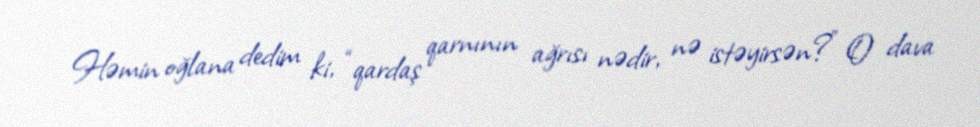
Həmin oğlana dedim ki, “qardaş qarnının ağrısı nədir, nə istəyirsən?” O dava